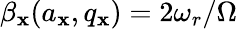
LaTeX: \beta_{\mathbf{x}}(a_{\mathbf{x}},q_{\mathbf{x}})=2\omega_{r}/\Omega